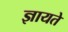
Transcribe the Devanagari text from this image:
ज्ञायते